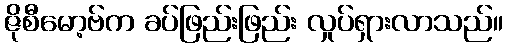
ဇိုစီမော့ဗ်က ခပ်ဖြည်းဖြည်း လှုပ်ရှားလာသည်။